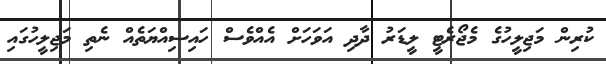
ކުރިން މަޖިލީހުގެ މެޖޯރެޓީ ލީޑަރު ދާދި އަވަހަށް އެއްވެސް ހައިސިއްޔަތެއް ނެތި މަޖިލީހުގައި